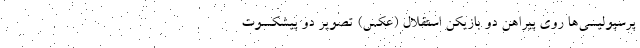
پرسپولیسی‌ها روی پیراهن دو بازیکن استقلال (عکس) تصویر دو پیشکسوت